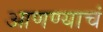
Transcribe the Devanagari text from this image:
आणण्याचं